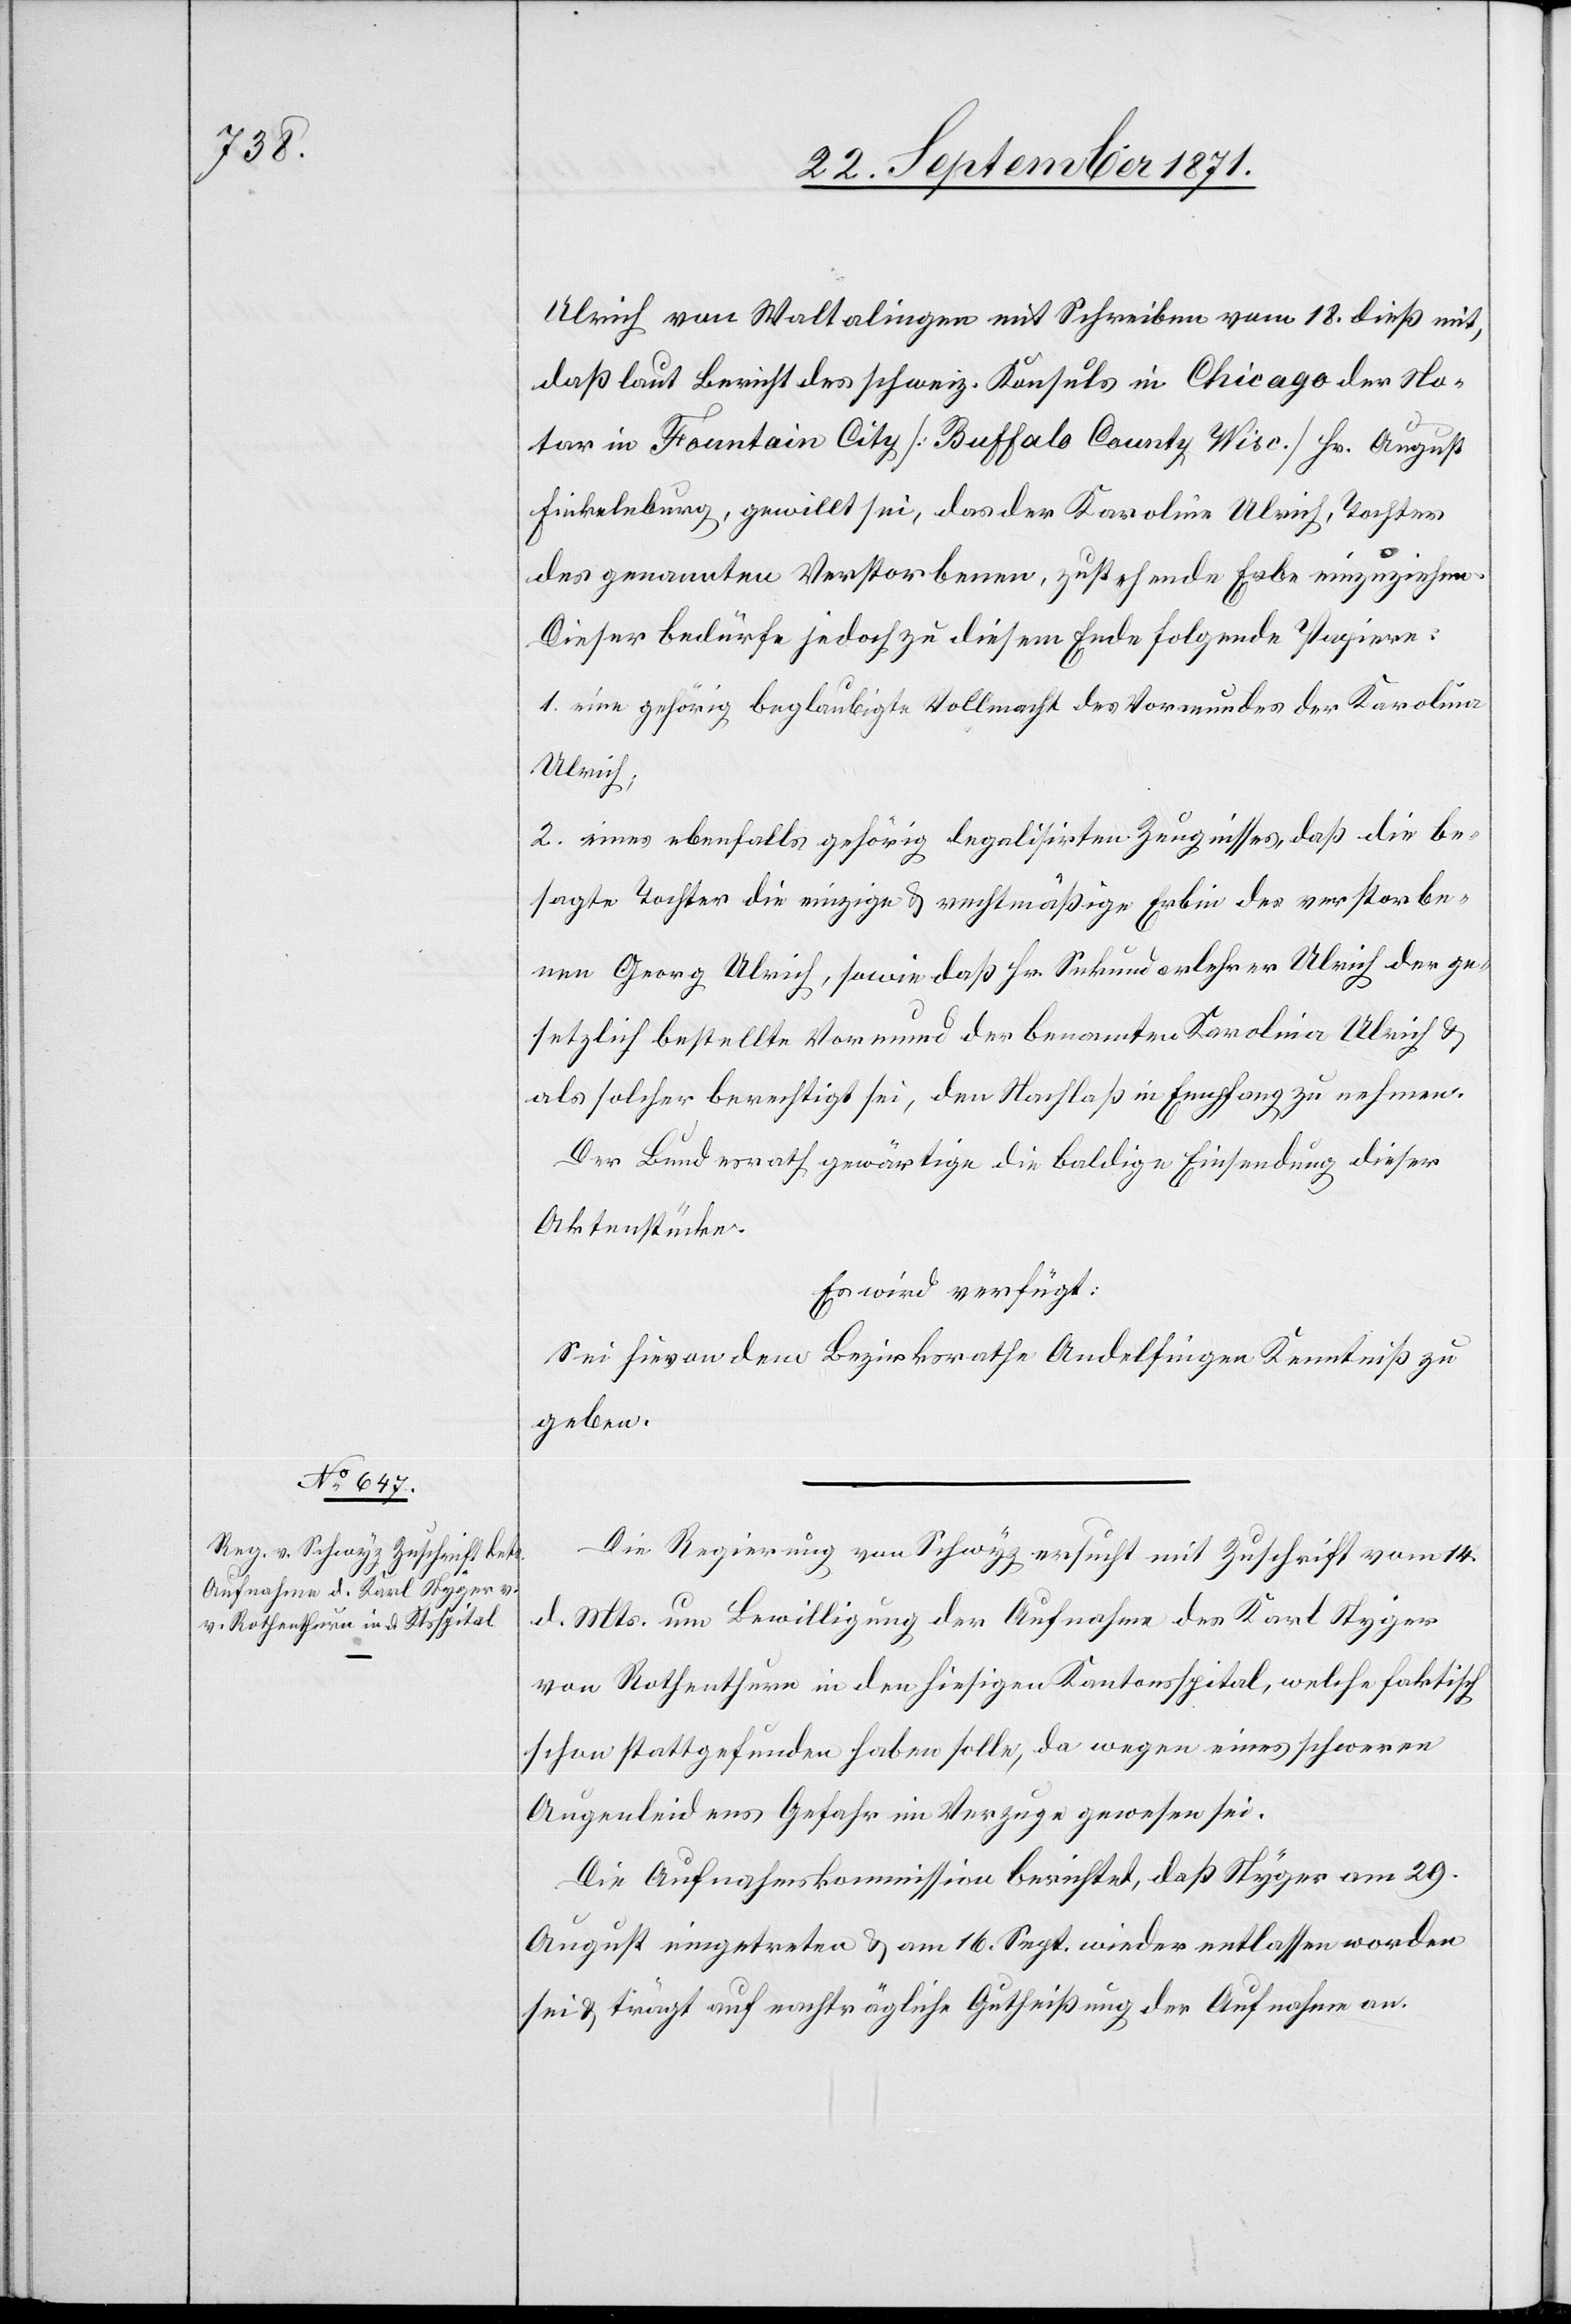
22. September 1871.]
Ulrich von Waltalingen mit Schreiben vom 18. dieß mit,
daß laut Bericht des schweiz. Konsuls in Chicago der No¬
tar in Fountain City [Buffalo County Wisc.] Hr. August
Finkelnburg, gewillt sei, das der Karolina Ulrich, Tochter
des genannten Verstorbenen, zustehende Erbe einzuziehen.
Dieser bedürfe jedoch zu diesem Ende folgende Pagina:
1. eine gehörig beglaubigte Vollmacht des Vormundes der Karolina
Ulrich.
2. eines ebenfalls gehörig legalisirten Zeugnisses, daß die be¬
sagte Tochter die einzige & rechtmäßige Erbin des verstorbe¬
nen Georg Ulrich, sowie daß Hr. Sekundarlehrer Ulrich der ge¬
setzlich bestellte Vormund der benannten Karolina Ulrich &
als solcher berechtigt sei, den Nachlaß in Empfang zu nehmen.
Der Bundesrath gewärtige die baldige Einsendung dieser
Aktenstücke.
Es wird verfügt:
Sei hievon dem Bezirksrath Andelfingen Kenntniß zu
geben.
Die Regierung von Schwyz ersucht mit Zuschrift vom 14.
d. Mts. um Bewilligung der Aufnahme des Karl Styger
von Rothenthurm in den hiesigen Kantonsspital, welche faktisch
schon stattgefunden haben solle, da wegen eines schweren
Augenleidens Gefahr im Verzug gewesen sei.
Die Aufnahmskommission berichtet, daß Styger am 29.
August eingetreten & am 16. Sept. wieder entlassen worden
sei & trägt auf nachträgliche Gutheißung der Aufnahme an.